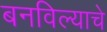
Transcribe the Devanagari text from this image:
बनविल्याचे